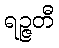
ရဉ္ဇတီ